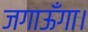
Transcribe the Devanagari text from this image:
जगाऊँगा।